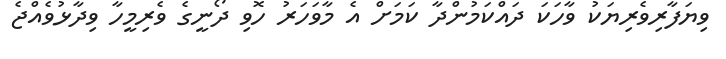
ވިޔަފާރިވެރިޔަކު ވާހަކަ ދައްކަމުންދާ ކަމަށް އެ މާވަހަރު ހޮވި ދޯނީގެ ވެރިމީހާ ވިދާޅުވެއްޖެ